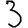
Digit: 3